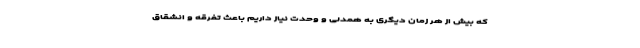
که بیش از هر زمان دیگری به همدلی و وحدت نیاز داریم باعث تفرقه و انشقاق